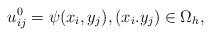
LaTeX: \begin{align*} u_{ij}^{0}=\psi(x_i,y_j),(x_i.y_j)\in\Omega_h, \end{align*}